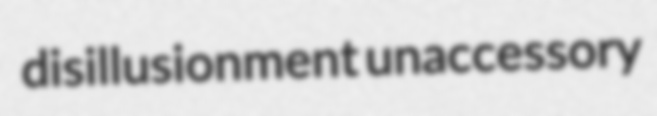
disillusionment unaccessory